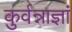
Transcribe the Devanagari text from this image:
कुर्वन्नाज्ञां